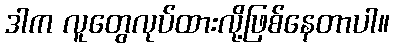
ဒါက လူတွေလုပ်ထားလို့ဖြစ်နေတာပါ။